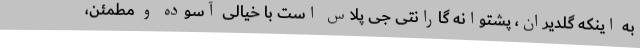
به اینکه گلدیران، پشتوانه گارانتی جی پلاس است با خیالی آسوده و مطمئن،